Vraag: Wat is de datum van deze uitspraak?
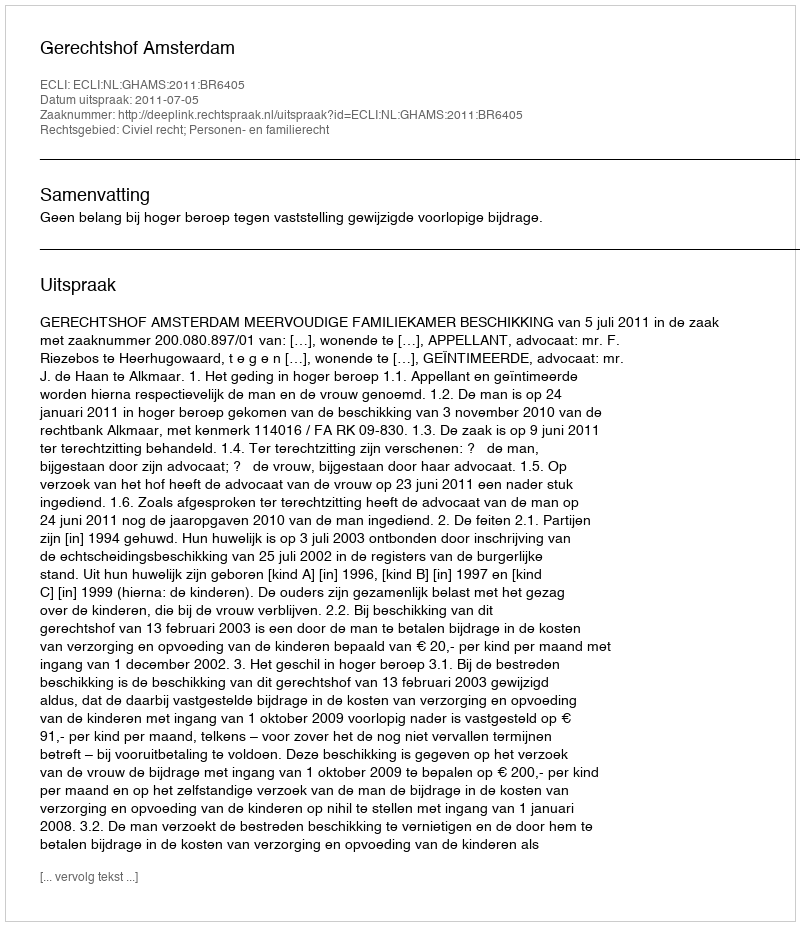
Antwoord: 2011-07-05